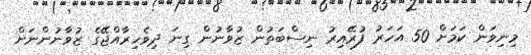
މިނިވަން ކަމަށް 50 އަހަރު ފުރޭއިރު ނިސްބަތުން ޒުވާނުން ގިނަ ދިވެހިރާއްޖޭގެ ޒުވާނުންނަށް